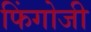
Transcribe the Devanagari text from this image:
फिंगोजी